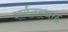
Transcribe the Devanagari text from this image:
शर्यतस्थळ